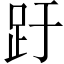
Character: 趶